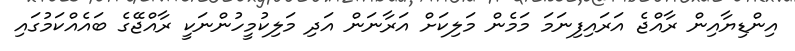
އިންޑިޔާއިން ރާއްޖެ އަރައިފިނަމަ މަމެން މަލިކަށް އަރާނަން އަދި މަލިކުމީހުންނަކީ ރާއްޖޭގެ ބައެއްކަމުގައި